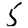
Digit: 5